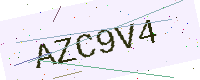
Text: AZC9V4